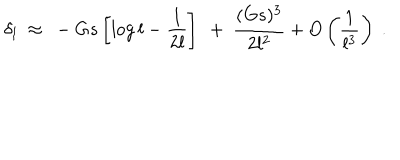
LaTeX: \delta _ { l } ~ \approx ~ - G s \left[ \log { l } - { \frac { 1 } { 2 l } } \right] ~ + ~ { \frac { ( G s ) ^ { 3 } } { 2 l ^ { 2 } } } + O \left( \frac { 1 } { l ^ { 3 } } \right) ~ .